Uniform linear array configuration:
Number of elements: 48
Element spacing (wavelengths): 0.75
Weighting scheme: hamming
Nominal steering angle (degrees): -15
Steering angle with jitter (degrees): -15.89
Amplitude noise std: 0.05
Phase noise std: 0.05

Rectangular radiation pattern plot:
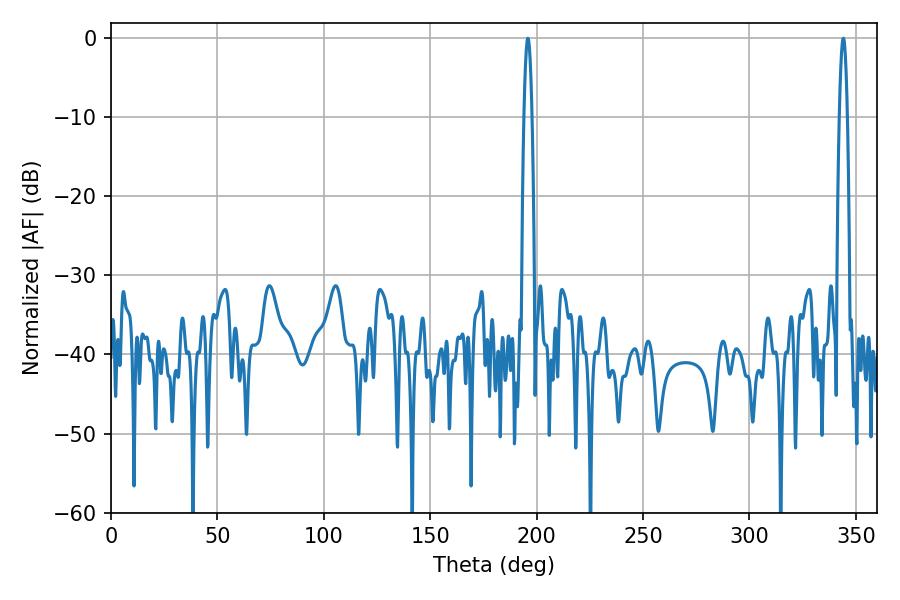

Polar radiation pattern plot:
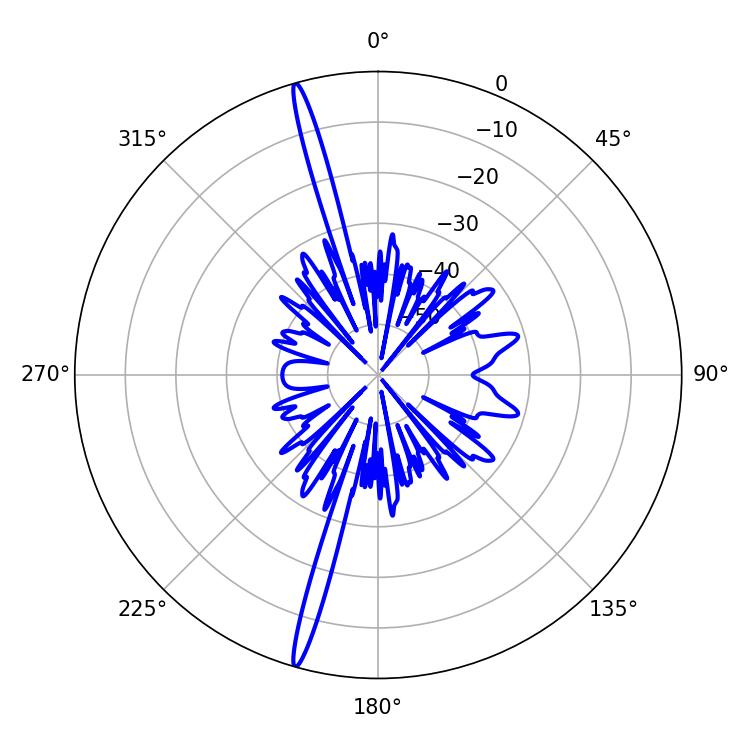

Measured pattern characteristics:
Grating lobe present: TRUE
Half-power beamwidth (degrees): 1.98
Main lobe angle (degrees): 195.84